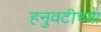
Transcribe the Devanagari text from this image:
हनुवटीच्या